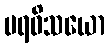
ပရဝိသယော